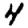
Digit: 4